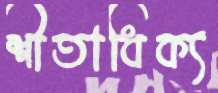
শীতাধিক্য